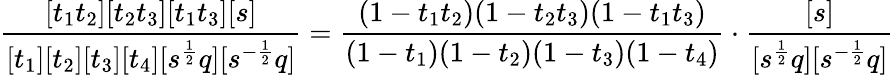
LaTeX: \frac{[t_{1}t_{2}][t_{2}t_{3}][t_{1}t_{3}][s]}{[t_{1}][t_{2}][t_{3}][t_{4}][s^{\frac 12}q][s^{-\frac 12}q]}=\frac{(1-t_{1}t_{2})(1-t_{2}t_{3})(1-t_{1}t_{3})}{(1-t_{1})(1-t_{2})(1-t_{3})(1-t_{4})}\cdot\frac{[s]}{[s^{\frac 12}q][s^{-\frac 12}q]}